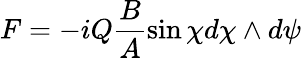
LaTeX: F=-iQ\frac{B}{A}\sin\chi d\chi\wedge d\psi